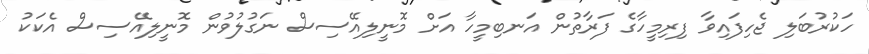
ހަކުރުބަލި ޖެހިފައިވާ ފިރިމީހާގެ ފަރާތުން އަނބިމީހާ އަށް މޮނީލިއޭސިސް ނަގުލުވުން މޮނީލިއޭސިސް އެކަކު